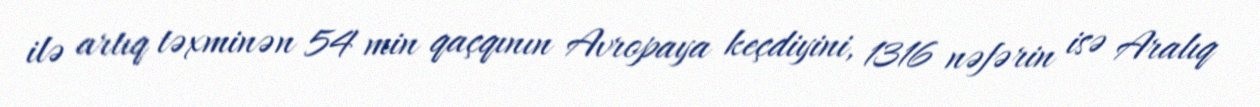
ilə artıq təxminən 54 min qaçqının Avropaya keçdiyini, 1316 nəfərin isə Aralıq